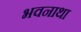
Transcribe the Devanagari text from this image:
भवनाथा